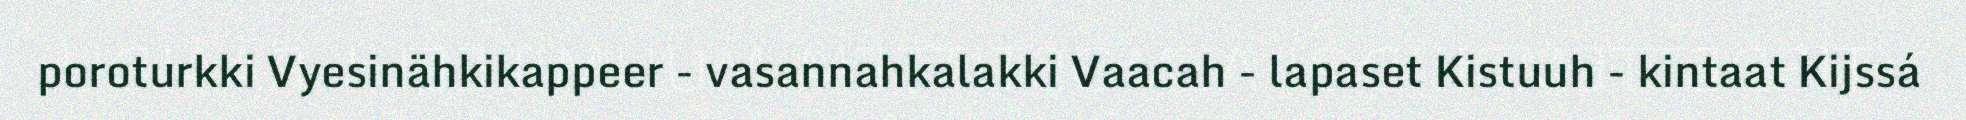
poroturkki Vyesinähkikappeer - vasannahkalakki Vaacah - lapaset Kistuuh - kintaat Kijssá